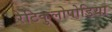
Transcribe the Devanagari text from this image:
रेटिकुलोपोडिया